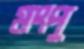
মংপু